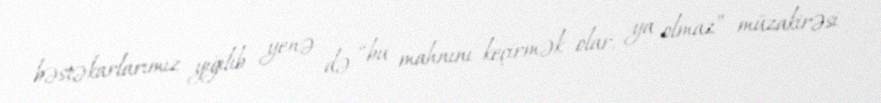
bəstəkarlarımız yığılıb yenə də “bu mahnını keçirmək olar, ya olmaz” müzakirəsi